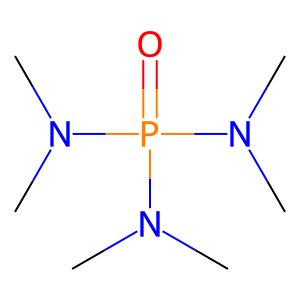
SMILES: CN(C)P(=O)(N(C)C)N(C)C
Inhibits HIV replication: No